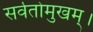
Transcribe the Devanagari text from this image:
सर्वतोमुखम्।